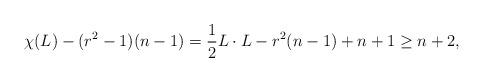
LaTeX: \begin{align*}\chi(L)-(r^{2}-1)(n-1)=\frac{1}{2}L\cdot L-r^{2}(n-1)+n+1\geq n+2, \end{align*}